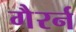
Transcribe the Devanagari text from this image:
गैरर्न